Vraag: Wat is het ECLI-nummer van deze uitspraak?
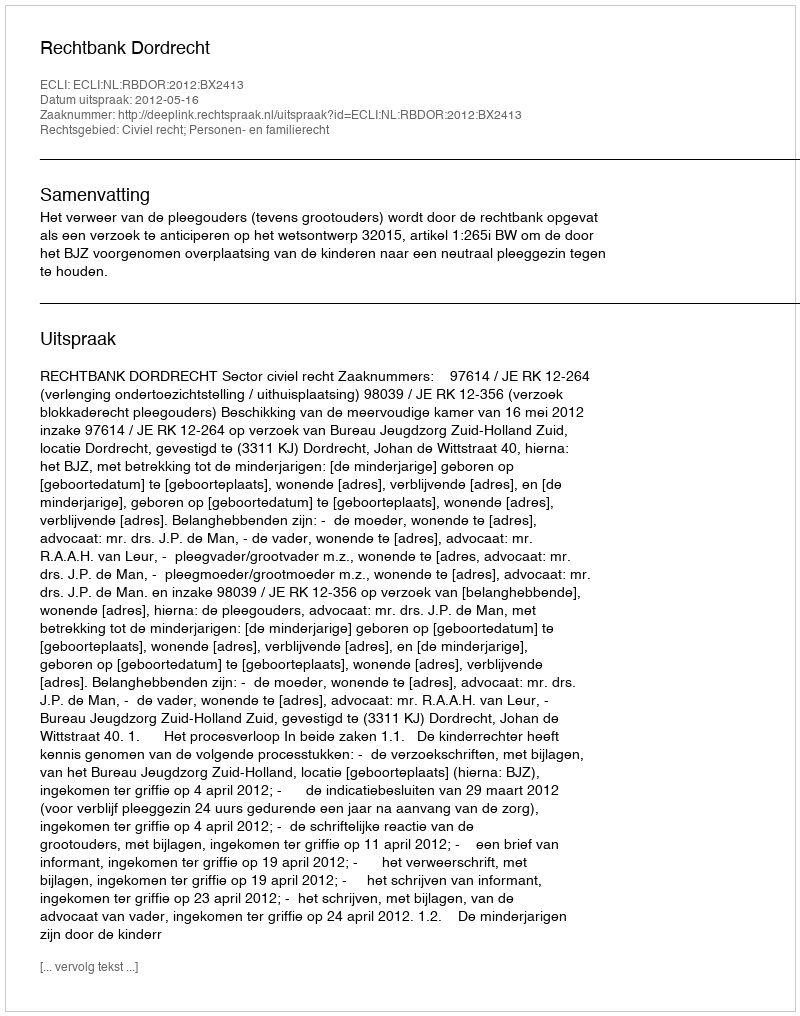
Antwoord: ECLI:NL:RBDOR:2012:BX2413